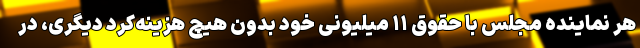
هر نماینده مجلس با حقوق ۱۱ میلیونی خود بدون هیچ هزینه‌کرد دیگری، در